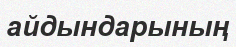
айдындарының